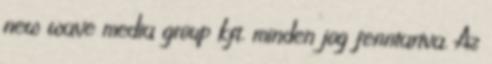
new wave media group kft. minden jog fenntartva. Az